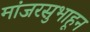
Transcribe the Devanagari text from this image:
मांजरसुभाहून